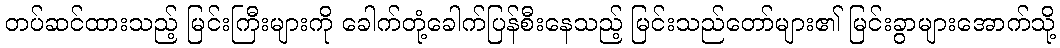
တပ်ဆင်ထားသည့် မြင်းကြီးများကို ခေါက်တုံ့ခေါက်ပြန်စီးနေသည့် မြင်းသည်တော်များ၏ မြင်းခွာများအောက်သို့